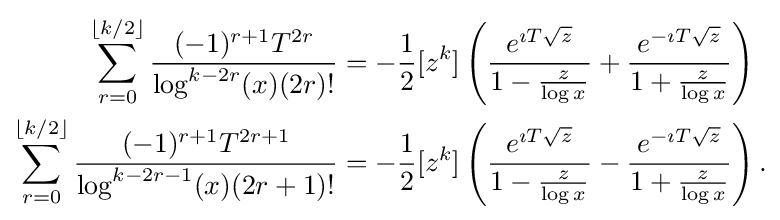
{\begin{aligned}\sum _{r=0}^{\lfloor k/2\rfloor }{\frac {(-1)^{r+1}T^{2r}}{\log ^{k-2r}(x)(2r)!}}&=-{\frac {1}{2}}[z^{k}]\left({\frac {e^{\imath T{\sqrt {z}}}}{1-{\frac {z}{\log x}}}}+{\frac {e^{-\imath T{\sqrt {z}}}}{1+{\frac {z}{\log x}}}}\right)\\\sum _{r=0}^{\lfloor k/2\rfloor }{\frac {(-1)^{r+1}T^{2r+1}}{\log ^{k-2r-1}(x)(2r+1)!}}&=-{\frac {1}{2}}[z^{k}]\left({\frac {e^{\imath T{\sqrt {z}}}}{1-{\frac {z}{\log x}}}}-{\frac {e^{-\imath T{\sqrt {z}}}}{1+{\frac {z}{\log x}}}}\right).\end{aligned}}